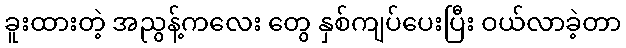
ခူးထားတဲ့ အညွန့်ကလေး တွေ နှစ်ကျပ်ပေးပြီး ဝယ်လာခဲ့တာ